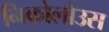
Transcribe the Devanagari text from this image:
निकोलोउस